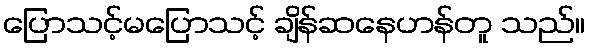
ပြောသင့်မပြောသင့် ချိန်ဆနေဟန်တူ သည်။